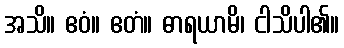
အသိ။ ဧဝံ။ ဧတံ။ ဓာရယာမိ၊ ငါသိပါ၏။